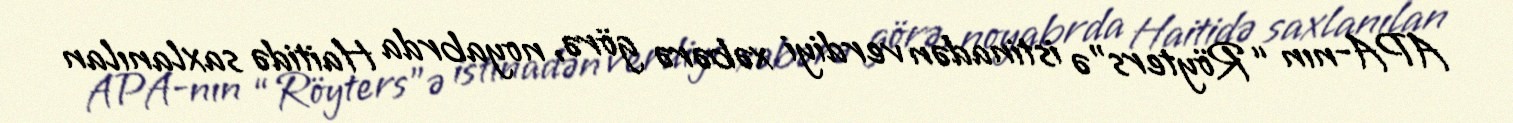
APA-nın “Röyters”ə istinadən verdiyi xəbərə görə, noyabrda Haitidə saxlanılan